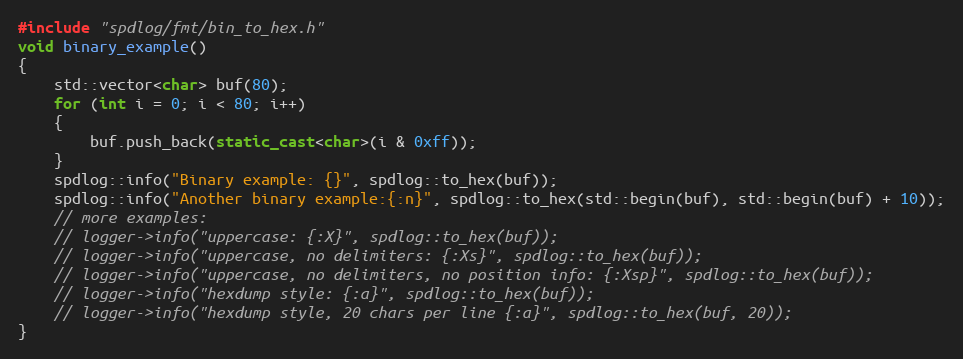
Language: C++
#include "spdlog/fmt/bin_to_hex.h"
void binary_example()
{
    std::vector<char> buf(80);
    for (int i = 0; i < 80; i++)
    {
        buf.push_back(static_cast<char>(i & 0xff));
    }
    spdlog::info("Binary example: {}", spdlog::to_hex(buf));
    spdlog::info("Another binary example:{:n}", spdlog::to_hex(std::begin(buf), std::begin(buf) + 10));
    // more examples:
    // logger->info("uppercase: {:X}", spdlog::to_hex(buf));
    // logger->info("uppercase, no delimiters: {:Xs}", spdlog::to_hex(buf));
    // logger->info("uppercase, no delimiters, no position info: {:Xsp}", spdlog::to_hex(buf));
    // logger->info("hexdump style: {:a}", spdlog::to_hex(buf));
    // logger->info("hexdump style, 20 chars per line {:a}", spdlog::to_hex(buf, 20));
}